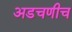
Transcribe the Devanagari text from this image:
अडचणीच